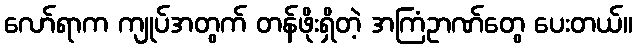
လော်ရာက ကျုပ်အတွက် တန်ဖိုးရှိတဲ့ အကြံဥာဏ်တွေ ပေးတယ်။